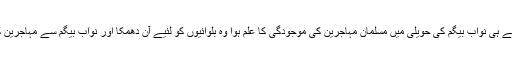
سردار سمپورن سنگھ کو جیسے ہی نواب بیگم کی حویلی میں مسلمان مہاجرین کی موجودگی کا علم ہوا وہ بلوائیوں کو لئیے آن دھمکا اور نواب بیگم سے مہاجرین کی حوالگی کا مطالبہ کر ڈالا۔